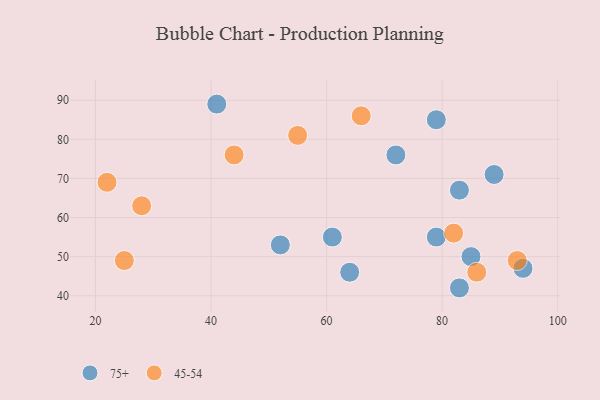
{"axis": {"x": "GDP", "y": "Life Expectancy"}, "legend": ["45-54", "75+"], "data": [{"x": "83", "y": 67, "type": "75+"}, {"x": "72", "y": 76, "type": "75+"}, {"x": "41", "y": 89, "type": "75+"}, {"x": "94", "y": 47, "type": "75+"}, {"x": "64", "y": 46, "type": "75+"}, {"x": "79", "y": 85, "type": "75+"}, {"x": "61", "y": 55, "type": "75+"}, {"x": "79", "y": 55, "type": "75+"}, {"x": "89", "y": 71, "type": "75+"}, {"x": "83", "y": 42, "type": "75+"}, {"x": "85", "y": 50, "type": "75+"}, {"x": "52", "y": 53, "type": "75+"}, {"x": "66", "y": 86, "type": "45-54"}, {"x": "86", "y": 46, "type": "45-54"}, {"x": "82", "y": 56, "type": "45-54"}, {"x": "25", "y": 49, "type": "45-54"}, {"x": "93", "y": 49, "type": "45-54"}, {"x": "55", "y": 81, "type": "45-54"}, {"x": "28", "y": 63, "type": "45-54"}, {"x": "44", "y": 76, "type": "45-54"}, {"x": "22", "y": 69, "type": "45-54"}]}